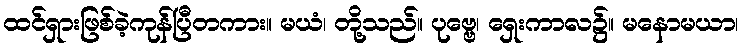
ထင်ရှားဖြစ်ခဲ့ကုန်ပြီတကား။ မယံ၊ တို့သည်။ ပုဗ္ဗေ၊ ရှေးကာလ၌။ မနောမယာ၊